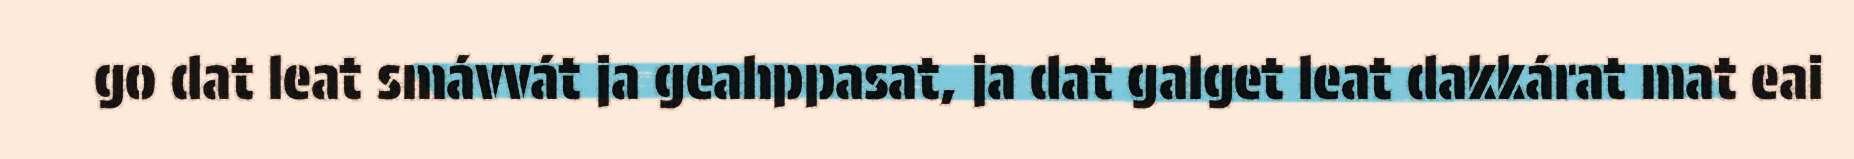
go dat leat smávvát ja geahppasat, ja dat galget leat dakkárat mat eai